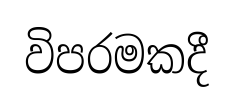
විපරමකදී